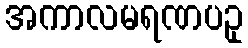
အကာလမရဏပဥှ